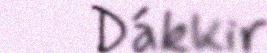
Dákkir